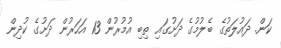
ކަން. ދައުލަތުގެ ބެލުމުގެ ދަށުގައި ތިބި އުމުރުން 13 އަހަރުން ދަށުގެ ކުދިން